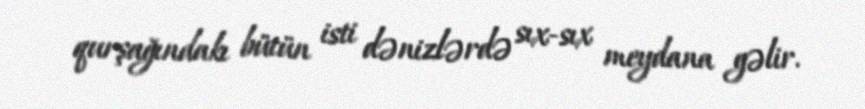
qurşağındakı bütün isti dənizlərdə sıx-sıx meydana gəlir.